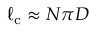
\ell _ { \mathrm { c } } \approx N \pi D